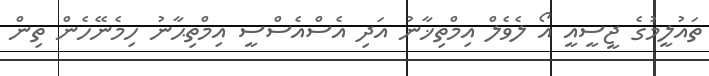
ތައުލީމުގެ ޖީސީއީ އޯ ލެވެލް އިމްތިޚާނު އަދި އެސްއެސްސީ އިމްތިޙާނު ހިމެނޭހެން ތިން